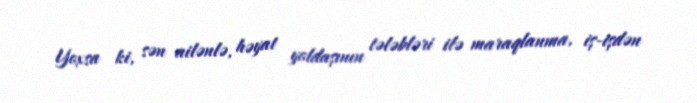
Yoxsa ki, sən ailənlə, həyat yoldaşının tələbləri ilə maraqlanma, iş-işdən